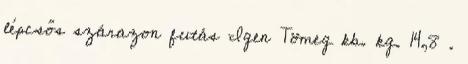
lépcsős szárazon futás Igen Tömeg kb. kg. 14,8 .